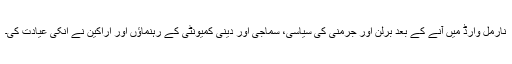
نارمل وارڈ میں آنے کے بعد برلن اور جرمنی کی سیاسی، سماجی اور دینی کمیونٹی کے رہنماؤں اور اراکین نے انکی عیادت کی۔